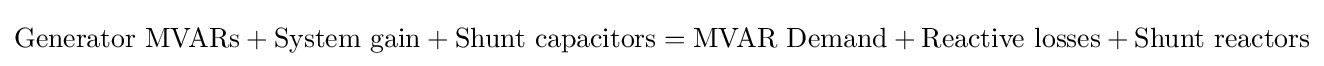
\mathrm {Generator\ MVARs+System\ gain+Shunt\ capacitors=MVAR\ Demand+Reactive\ losses+Shunt\ reactors}